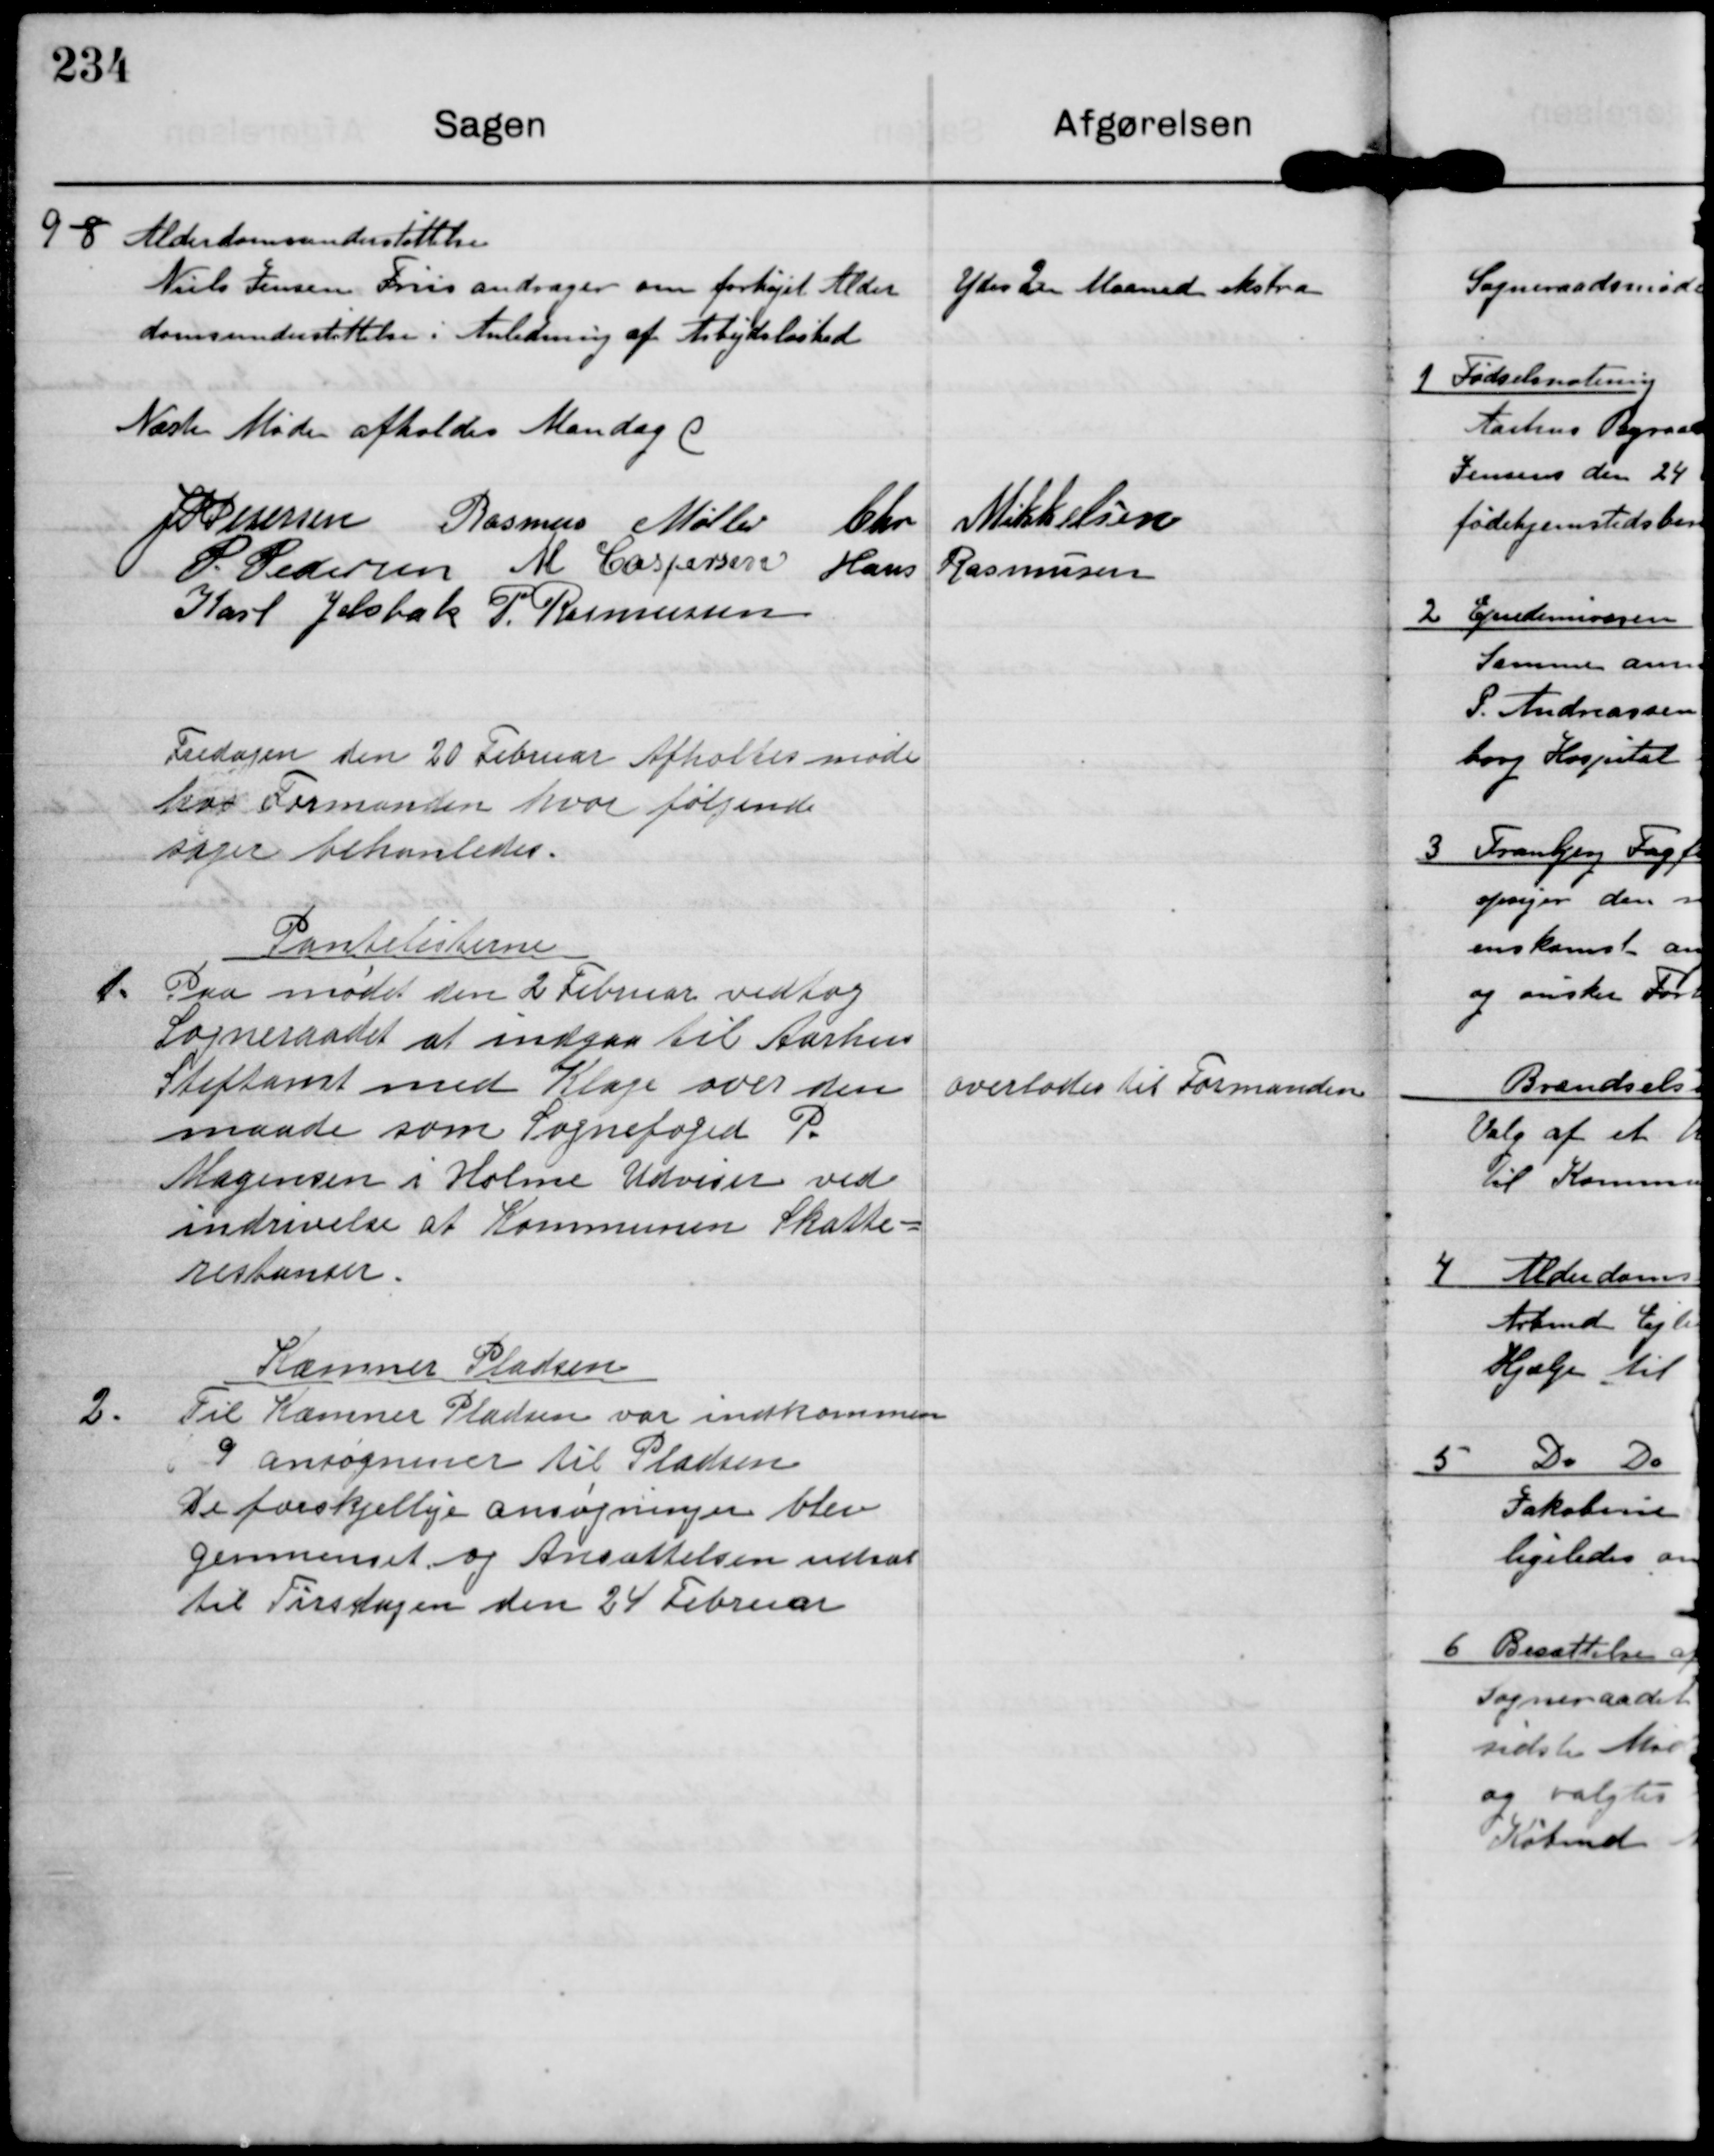
Transskription:
9

8

Alderdomsunderstøttelse
Niels Jensen Friis andrager om forhøjet Alder
domsunderstøttelse i Anledning af Arbejdsløshed

Ydes 2 Maaned ekstra

Næste Møde afholdes Mandag d

J P Jensen Rasmus Møller Chr Mikkelsen
P Pedersen M Caspersen Hans Rasmusen
Karl Jelsbak P. Rasmussen

Fredagen den 20 Februar Afholtes møde
hos Formanden hvor følgende
Sager behanledes.

1.

Pantelisterne
Paa mødet den 2 Februar vedtog
Sogneraadet at indgaa til Aarhus
Stiftamt med Klage over den
maade som Sognefoged P.
Mogensen i Holme Udviser ved
indrivelse af Kommunen Skatte-
restanser.

overlodes til Formanden

2.

Kæmner Pladsen
Til Kæmner Pladsen var indkommen
9 ansøgniner til Pladsen
De forskjellige ansøgninger blev
gennemset og Ansættelsen udsat
til Tirsdagen den 24 Februar